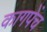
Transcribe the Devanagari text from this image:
कागपेंच